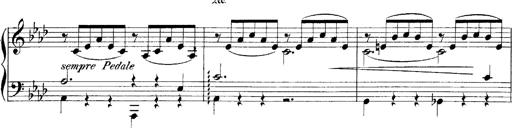
Title: LiebestrÃ¤ume
Composer: Franz Behr
Key: E-flat major